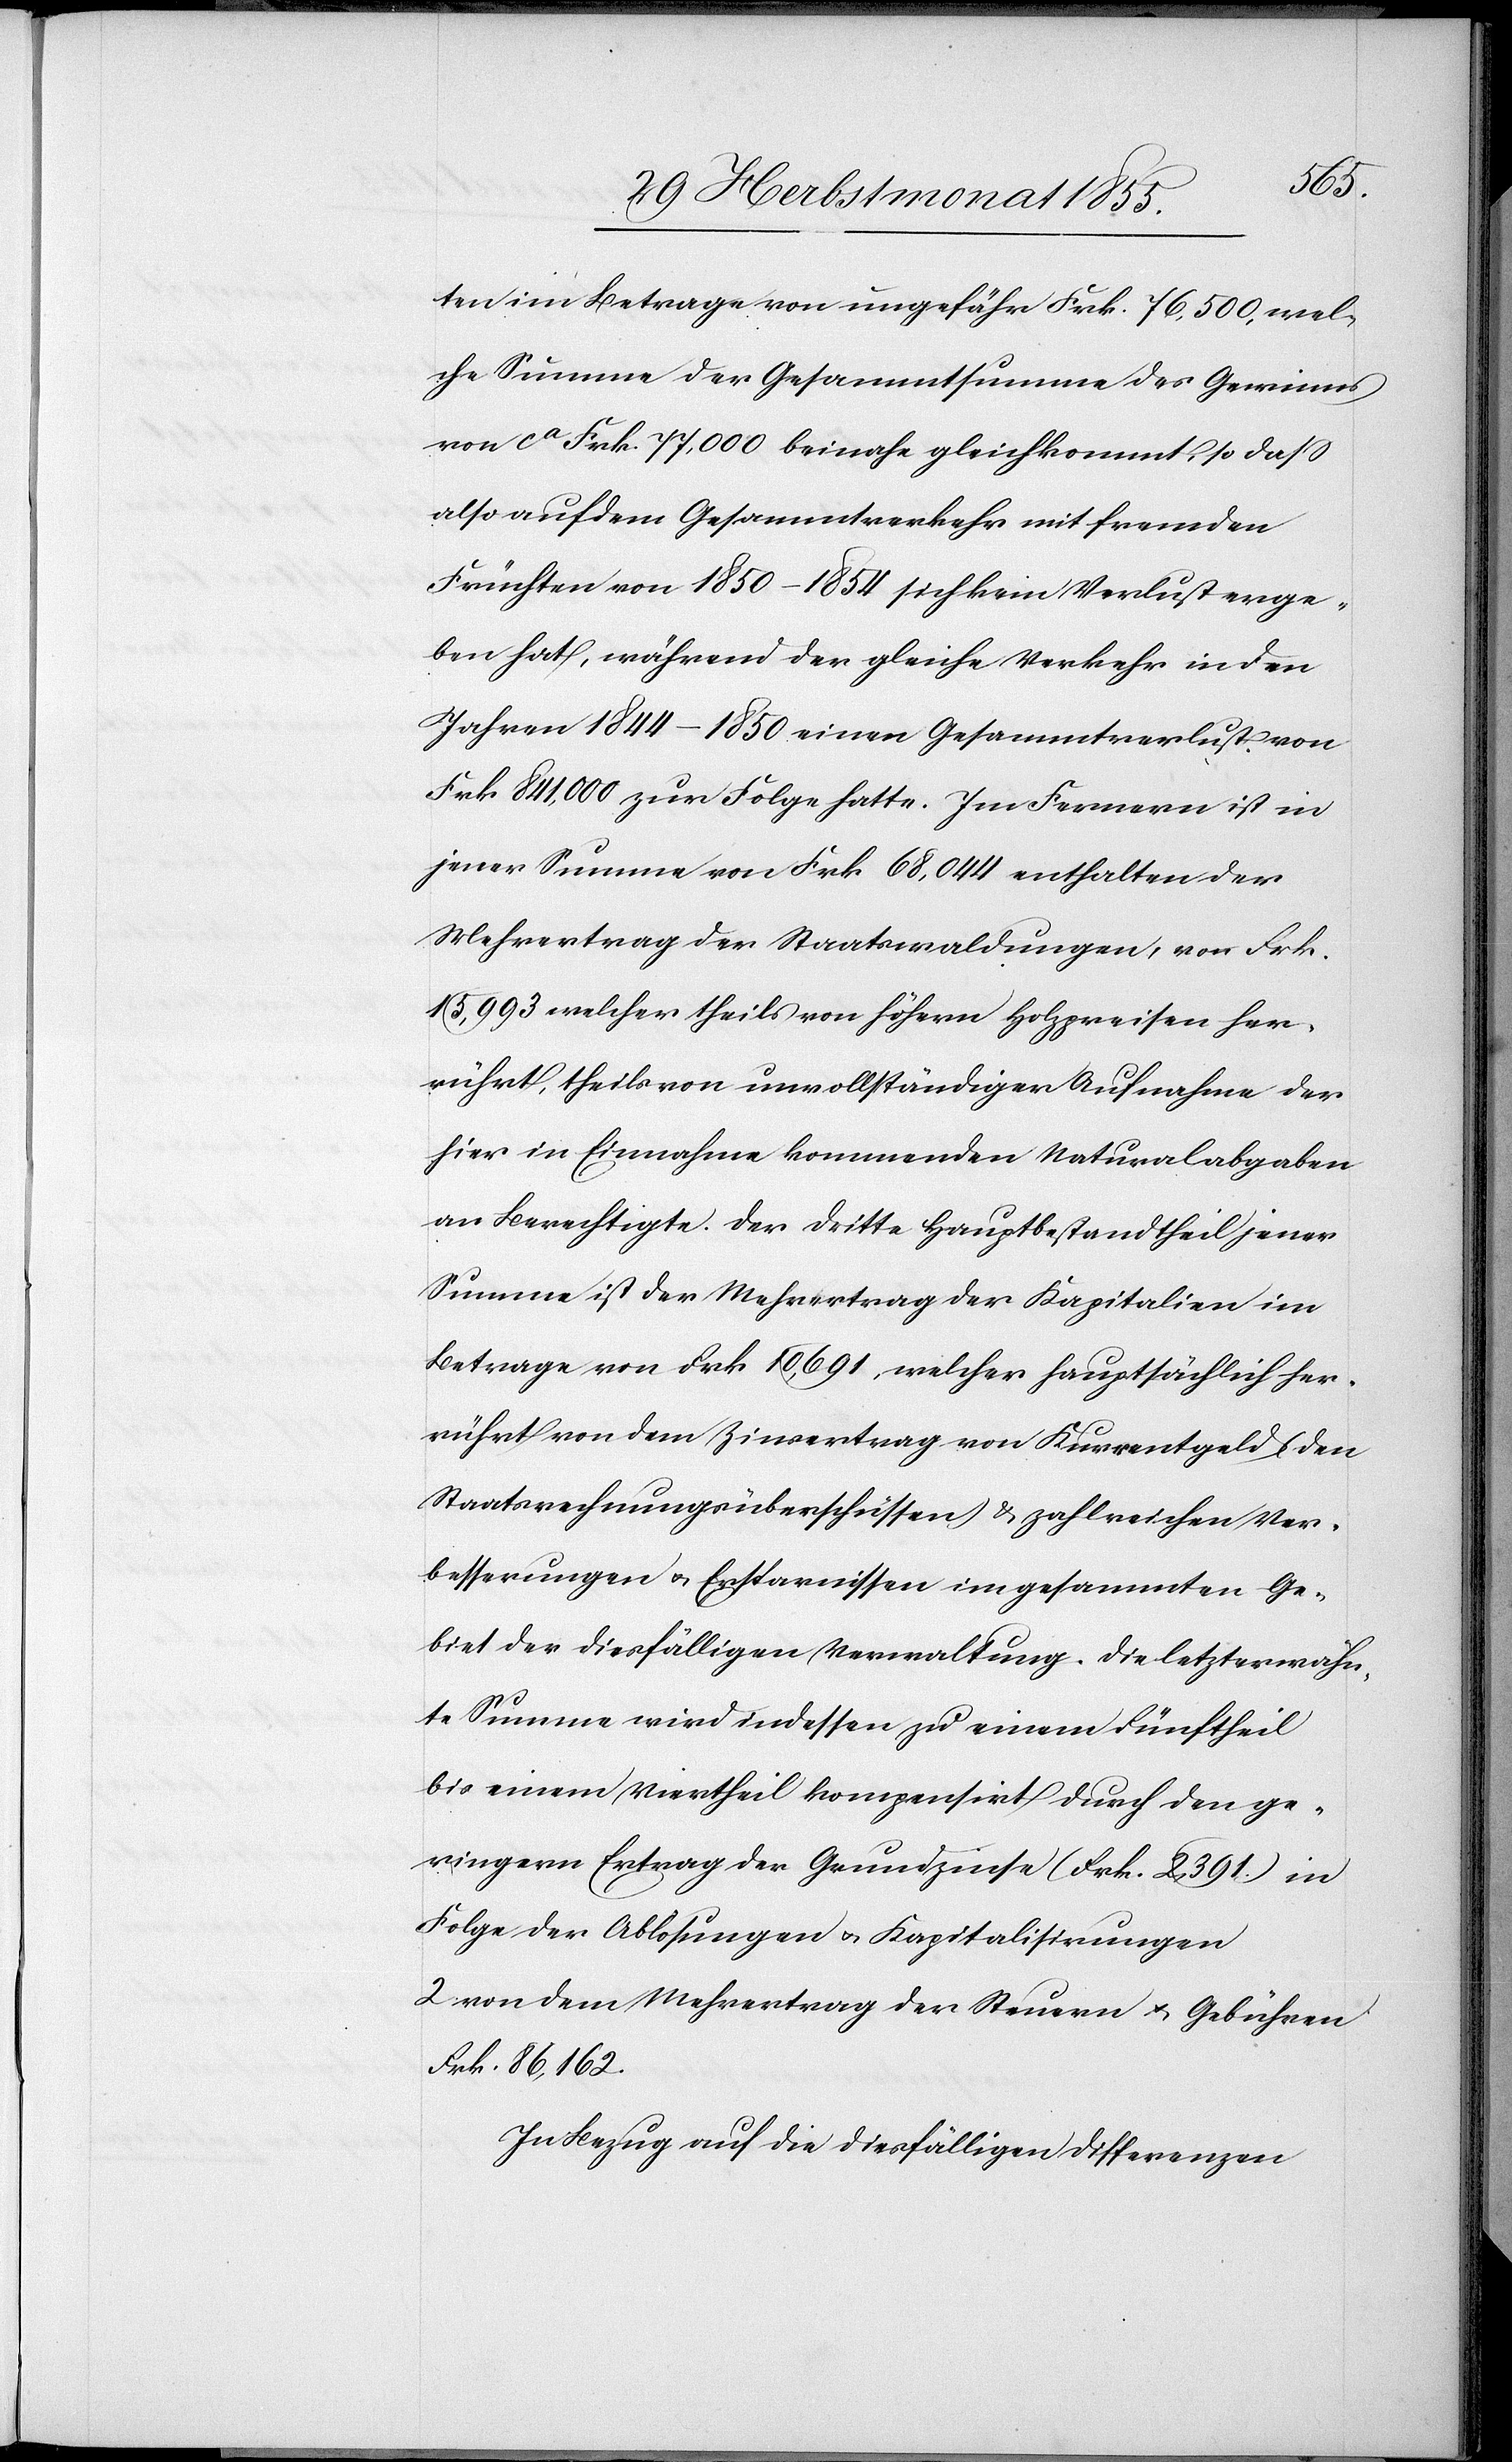
ten im Betrage von ungefähr Frk. 76,500, wel¬
che Summe der Gesammtsumme des Gewinns
von ca Frk. 77,000 beinahe gleichkommt, so dass
also auf dem Gesammtverkehr mit fremden
Früchten von 1850–1854 sich kein Verlust erge¬
ben hat, während der gleiche Verkehr in den
Jahren 1844–1850 einen Gesammtverlust von
Frk. 841,000 zur Folge hatte. Im Fernern ist in
jener Summe von Frk. 68,044 enthalten der
Mehrertrag der Staatswaldungen, von Frk.
15,993 welcher theils von höhern Holzpreisen her¬
rührt, theils von unvollständiger Aufnahme der
hier in Einnahme kommenden Naturalabgaben
an Berechtigte. Der dritte Hauptbestandtheil jener
Summe ist der Mehrertrag der Kapitalien im
Betrage von Frk. 10,691, welcher hauptsächlich her¬
rührt von dem Zinsertrag von Kurrentgeld (den
Staatsrechnungsüberschüssen) & zahlreichen Ver¬
besserungen & Ersparnissen im gesammten Ge¬
biet der diesfälligen Verwaltung. Die letzterwähn¬
te Summe wird indessen zu einem Fünftheil
bis einem Viertheil kompensirt durch den ge¬
ringern Ertrag der Grundzinse (Frk. 2,391.) in
Folge der Ablösungen & Kapitalisirungen
von dem Mehrertrag der Steuern & Gebühren
Frk. 86,162.
In Bezug auf die diesfälligen Differenzen